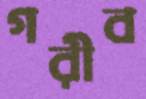
গরীব